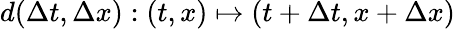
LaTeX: d(\Delta t,\Delta x):(t,x)\mapsto(t+\Delta t,x+\Delta x)